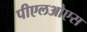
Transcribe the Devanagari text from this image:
पीएलओएस